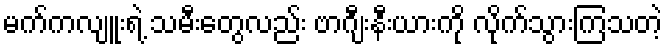
မက်ကလျူးရဲ့ သမီးတွေလည်း ဗာဂျီးနီးယားကို လိုက်သွားကြသတဲ့